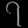
Digit: ၇